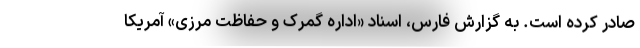
صادر کرده است. به گزارش فارس، اسناد «اداره گمرک و حفاظت مرزی» آمریکا